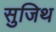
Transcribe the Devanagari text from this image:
सुजिथ